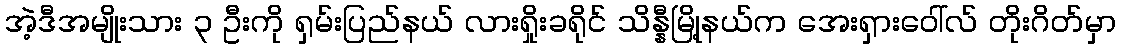
အဲ့ဒီအမျိုးသား ၃ ဦးကို ရှမ်းပြည်နယ် လားရှိုးခရိုင် သိန္နီမြို့နယ်က အေးရှားဝေါ်လ် တိုးဂိတ်မှာ